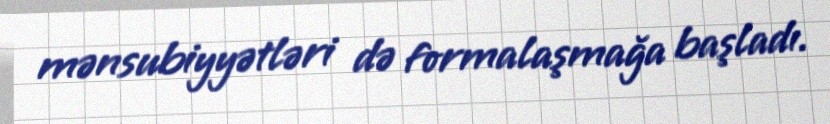
mənsubiyyətləri də formalaşmağa başladı.